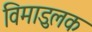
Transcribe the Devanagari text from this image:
विमाडुलक